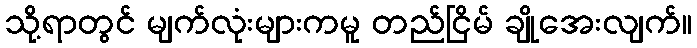
သို့ရာတွင် မျက်လုံးများကမူ တည်ငြိမ် ချိုအေးလျက်။